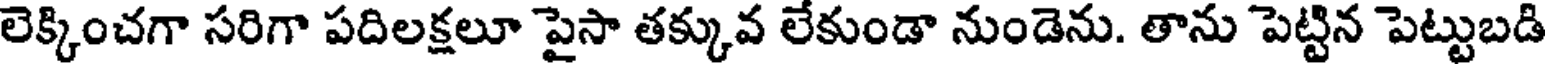
లెక్కించగా సరిగా పదిలక్షలూ పైసా తక్కువ లేకుండా నుండెను. తాను పెట్టిన పెట్టుబడి